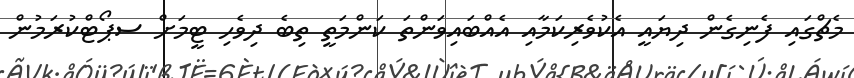
މެޗްގައި ފެނިގެން ދިޔައީ އެކުވެރިކަމާއި އެއްބައިވަންތަ ކަންމަތީ ތިބެ ދިވެހި ޓީމަށް ސޕޯޓްކުރަމުން